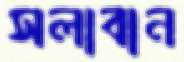
সলাবান